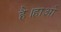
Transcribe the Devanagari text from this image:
है।हाओ